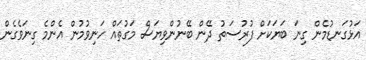
އަޅުގަނޑުމެން ގިނަ ބަޔަކަށް ފުރުސަތު ދޭން ބޭނުންވިޔަސް މަގުތައް ހަނިވުމުން އެންމެ ގިނަވެގެން